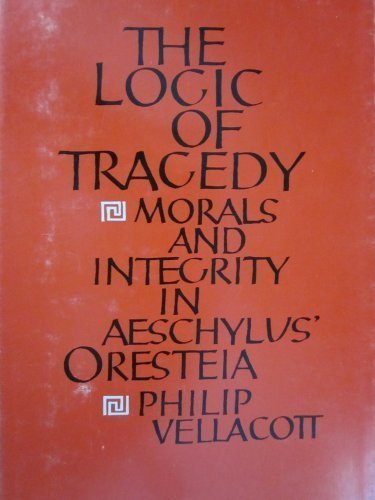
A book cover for Logic of Tragedy: Morals and Integrity in Aeschylus' "Oresteia"; Philip Vellacott; Literature & Fiction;